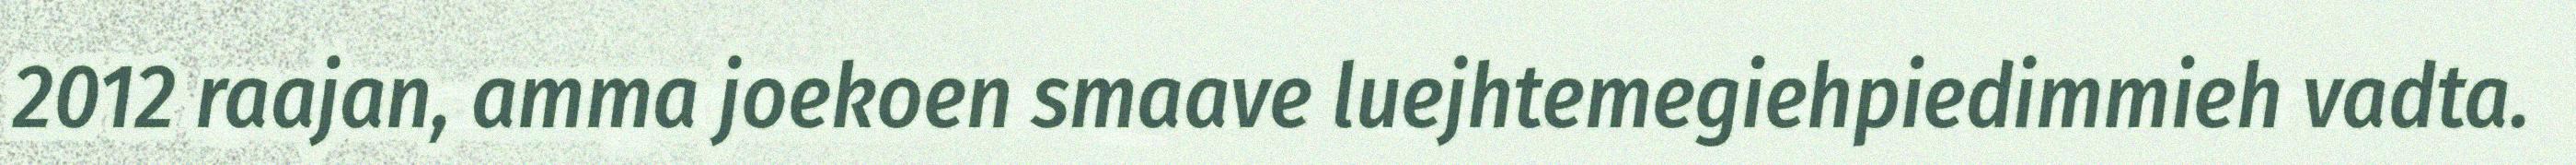
2012 raajan, amma joekoen smaave luejhtemegiehpiedimmieh vadta.